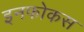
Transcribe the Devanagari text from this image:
इनफोकस